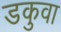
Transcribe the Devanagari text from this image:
डकुवा